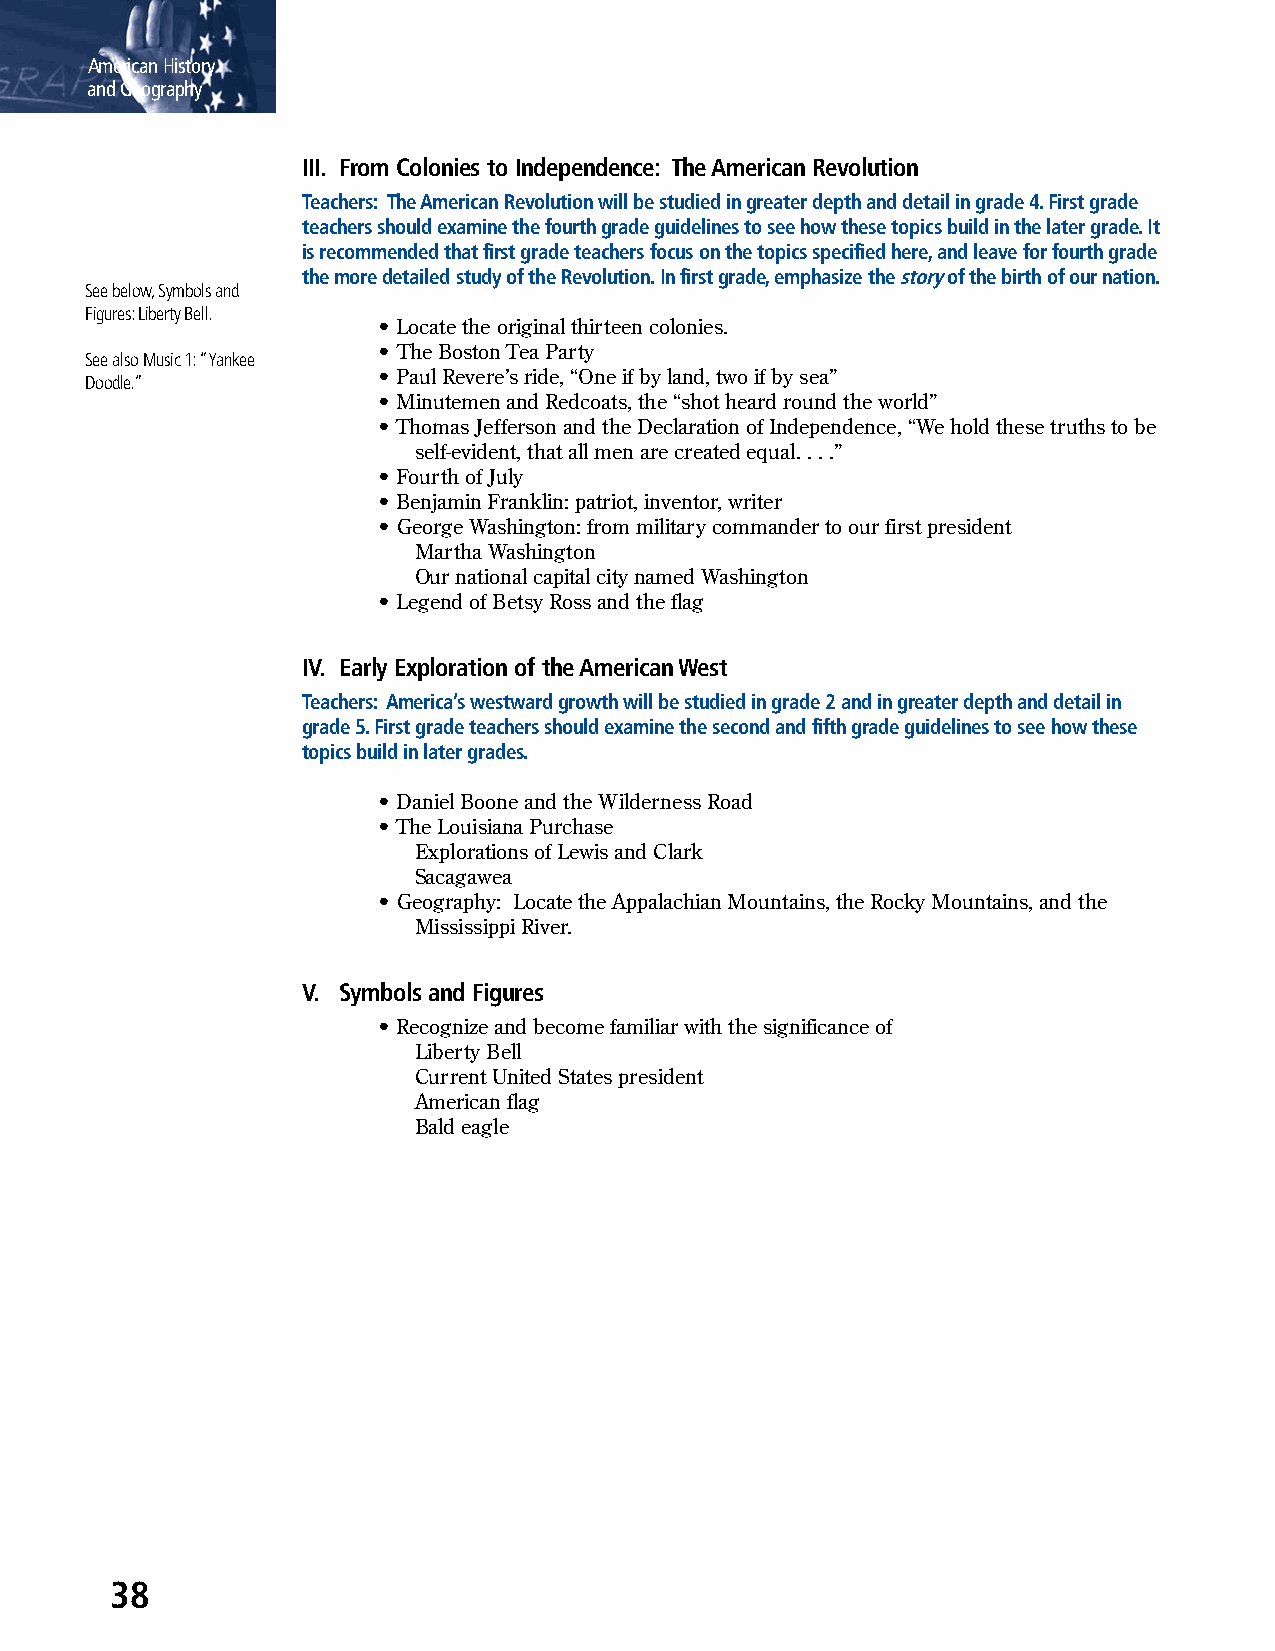
American History
 and Geography
 III. From Colonies to Independence: The American Revolution
 Teachers: The American Revolution will be studied in greater depth and detail in grade 4. First grade
 teachers should examine the fourth grade guidelines to see how these topics build in the later grade. It
 is recommended that first grade teachers focus on the topics specified here, and leave for fourth grade
 the more detailed study of the Revolution. In first grade, emphasize the story of the birth of our nation.
 See below, Symbols and
 Figures: Liberty Bell.
 • Locate the original thirteen colonies.
 • The Boston Tea Party
 See also Music 1: “Yankee
 • Paul Revere’s ride, “One if by land, two if by sea”
 Doodle.”
 • Minutemen and Redcoats, the “shot heard round the world”
 • Thomas Jefferson and the Declaration of Independence, “We hold these truths to be
 self-evident, that all men are created equal. . . .”
 • Fourth of July
 • Benjamin Franklin: patriot, inventor, writer
 • George Washington: from military commander to our first president
 Martha Washington
 Our national capital city named Washington
 • Legend of Betsy Ross and the flag
 IV. Early Exploration of the American West
 Teachers: America’s westward growth will be studied in grade 2 and in greater depth and detail in
 grade 5. First grade teachers should examine the second and fifth grade guidelines to see how these
 topics build in later grades.
 • Daniel Boone and the Wilderness Road
 • The Louisiana Purchase
 Explorations of Lewis and Clark
 Sacagawea
 • Geography: Locate the Appalachian Mountains, the Rocky Mountains, and the
 Mississippi River.
 V. Symbols and Figures
 • Recognize and become familiar with the significance of
 Liberty Bell
 Current United States president
 American flag
 Bald eagle
 38